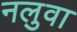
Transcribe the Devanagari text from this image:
नलुवा